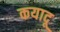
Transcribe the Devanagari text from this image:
कयादू